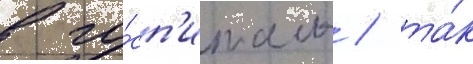
в го́сп'италь / та́к